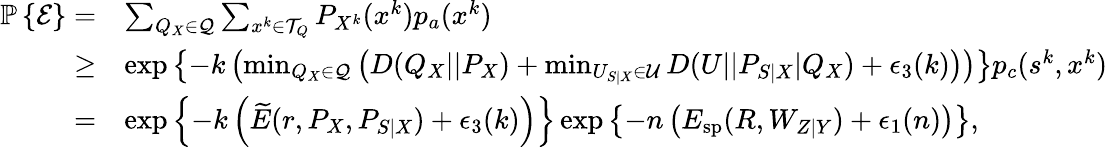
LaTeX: \begin{array}{rl}{\mathbb{P}\left\{ \mathcal{E}\right\} =}&{\sum_{Q_{X}\in\mathcal{Q}}\sum_{x^{k}\in\mathcal{T}_{Q}}P_{X^{k}}(x^{k})p_{a}(x^{k})}\\ {\geq}&{\exp\left\{ -k\left(\operatorname*{min}_{Q_{X}\in\mathcal{Q}}\left(D(Q_{X}||P_{X})+\operatorname*{min}_{U_{S|X}\in\mathcal{U}}D(U||P_{S|X}|Q_{X})+\epsilon_{3}(k)\right)\right)\right\} p_{c}(s^{k},x^{k})}\\ {=}&{\exp\left\{ -k\left(\widetilde{E}(r,P_{X},P_{S|X})+\epsilon_{3}(k)\right)\right\} \exp\left\{ -n\left(E_{\mathrm{sp}}(R,W_{Z|Y})+\epsilon_{1}(n)\right)\right\} ,}\end{array}